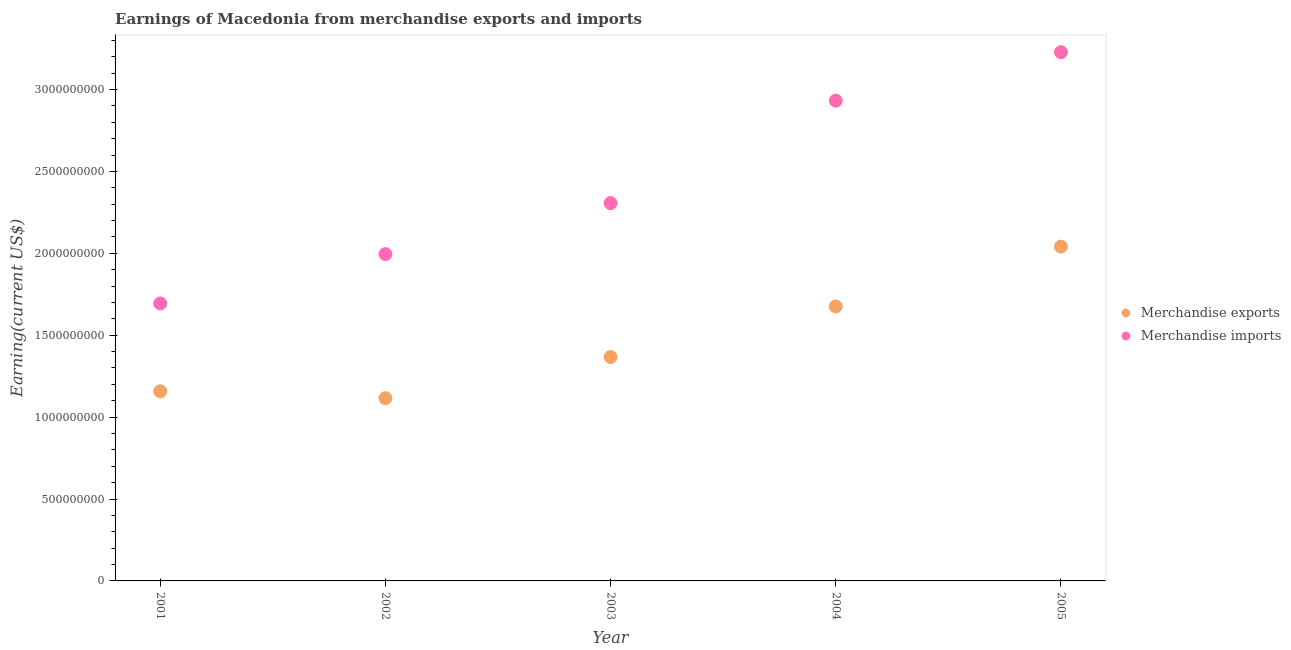
| Year | Merchandise exports | Merchandise imports |
 | --- | --- | --- |
 | 2001 | 1.16e+09 | 1.69e+09 |
 | 2002 | 1.12e+09 | 2e+09 |
 | 2003 | 1.37e+09 | 2.31e+09 |
 | 2004 | 1.68e+09 | 2.93e+09 |
 | 2005 | 2.04e+09 | 3.23e+09 |